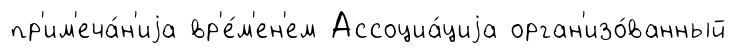
пр'им'еча́н'иjа вр'е́м'ен'ем Ассоциа́циjа орган'изо́ванный